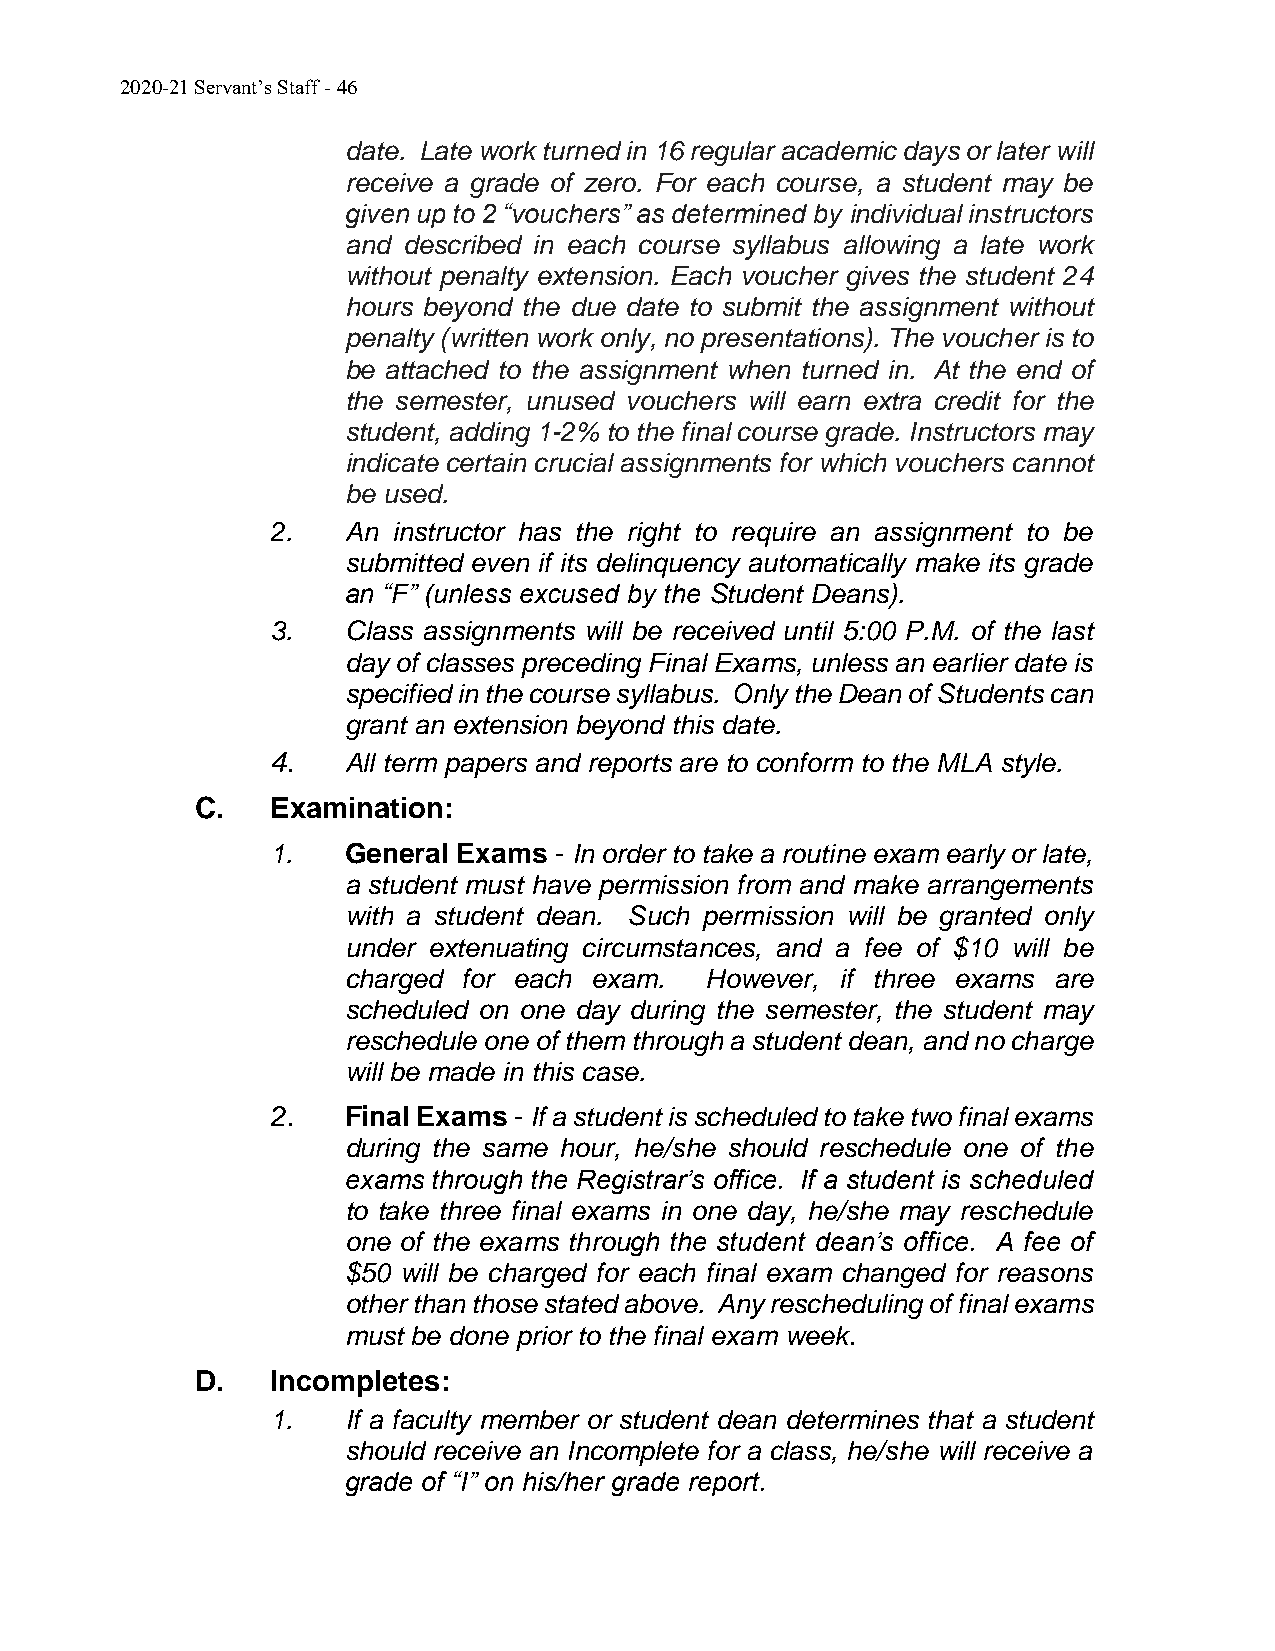
2020-21 Servant’s Staff - 46
 date. Late work turned in 16 regular academic days or later will
 receive a grade of zero. For each course, a student may be
 given up to 2 “vouchers” as determined by individual instructors
 and described in each course syllabus allowing a late work
 without penalty extension. Each voucher gives the student 24
 hours beyond the due date to submit the assignment without
 penalty (written work only, no presentations). The voucher is to
 be attached to the assignment when turned in. At the end of
 the semester, unused vouchers will earn extra credit for the
 student, adding 1-2% to the final course grade. Instructors may
 indicate certain crucial assignments for which vouchers cannot
 be used.
 2.   An instructor has the right to require an assignment to be
 submitted even if its delinquency automatically make its grade
 an “F” (unless excused by the Student Deans).
 3.   Class assignments will be received until 5:00 P.M. of the last
 day of classes preceding Final Exams, unless an earlier date is
 specified in the course syllabus. Only the Dean of Students can
 grant an extension beyond this date.
 4.   All term papers and reports are to conform to the MLA style.
 C.   Examination:
 1.   General Exams - In order to take a routine exam early or late,
 a student must have permission from and make arrangements
 with a student dean. Such permission will be granted only
 under extenuating circumstances, and a fee of $10 will be
 charged for each exam.  However, if three exams are
 scheduled on one day during the semester, the student may
 reschedule one of them through a student dean, and no charge
 will be made in this case.
 2.   Final Exams - If a student is scheduled to take two final exams
 during the same hour, he/she should reschedule one of the
 exams through the Registrar’s office. If a student is scheduled
 to take three final exams in one day, he/she may reschedule
 one of the exams through the student dean’s office. A fee of
 $50 will be charged for each final exam changed for reasons
 other than those stated above. Any rescheduling of final exams
 must be done prior to the final exam week.
 D.   Incompletes:
 1.   If a faculty member or student dean determines that a student
 should receive an Incomplete for a class, he/she will receive a
 grade of “I” on his/her grade report.